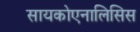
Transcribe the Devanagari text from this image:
सायकोएनालिसिस